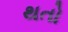
થતો